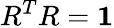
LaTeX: R^{T}R={\mathbf 1}